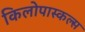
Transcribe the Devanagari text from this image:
किलोपास्कल्स